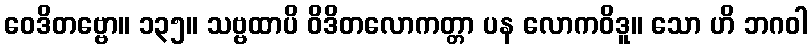
ဝေဒိတဗ္ဗော။ ၁၃၅။ သဗ္ဗထာပိ ဝိဒိတလောကတ္တာ ပန လောကဝိဒူ။ သော ဟိ ဘဂဝါ